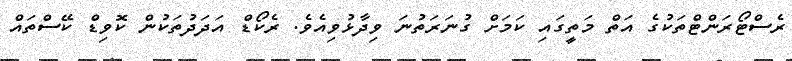
ރެސްޓޯރަންޓްތަކުގެ އަތް މަތީގައި ކަމަށް ގުނަރަތުނަ ވިދާޅުވިއެވެ. ރެކޯޑް އަދަދުތަކުން ކޮވިޑް ކޭސްތައް